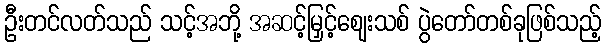
ဦးတင်လတ်သည် သင့်အဘို့ အဆင့်မြှင့်ဈေးသစ် ပွဲတော်တစ်ခုဖြစ်သည့်